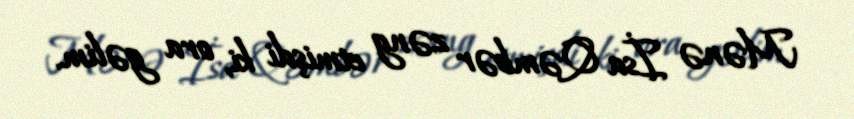
Mənə İsa Qəmbər zəng etmişdi ki, ora gəlim.